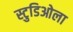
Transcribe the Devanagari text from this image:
स्टुडिओला